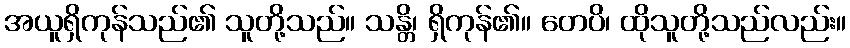
အယူရှိကုန်သည်၏ သူတို့သည်။ သန္တိ၊ ရှိကုန်၏။ တေပိ၊ ထိုသူတို့သည်လည်း။